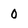
Character: 0